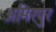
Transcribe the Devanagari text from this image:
अमिरपुर